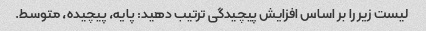
لیست زیر را بر اساس افزایش پیچیدگی ترتیب دهید: پایه، پیچیده، متوسط.